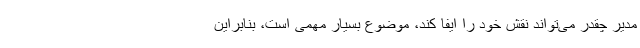
مدیر چقدر می‌تواند نقش خود را ایفا کند، موضوع بسیار مهمی است، بنابراین